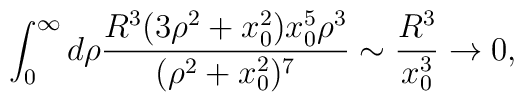
\int_0^\infty d\rho {R^3 (3\rho^2+x_0^2)x_0^5\rho^3\over(\rho^2+x_0^2)^7}\sim{R^3\over x_0^3}\rightarrow 0,